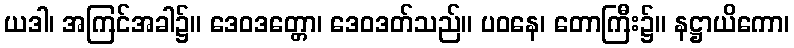
ယဒါ၊ အကြင်အခါ၌။ ဒေဝဒတ္တော၊ ဒေဝဒတ်သည်။ ပဝနေ၊ တောကြီး၌။ နဋ္ဌာယိကော၊